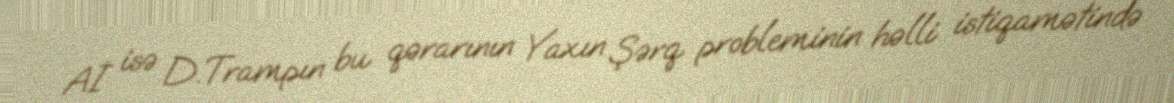
Aİ isə D.Trampın bu qərarının Yaxın Şərq probleminin həlli istiqamətində